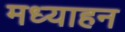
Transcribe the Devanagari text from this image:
मध्याहन